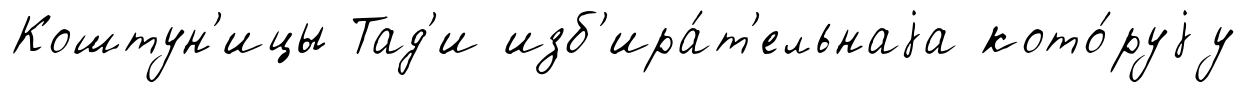
Коштун'ицы Тад'и изб'ира́т'ельнаjа кото́руjу